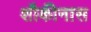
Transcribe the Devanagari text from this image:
शौकीनास